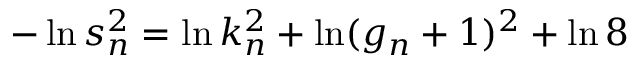
- \ln s _ { n } ^ { 2 } = \ln k _ { n } ^ { 2 } + \ln ( g _ { n } + 1 ) ^ { 2 } + \ln 8